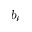
b _ { \ell }